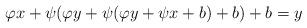
LaTeX: \begin{align*} \varphi x + \psi (\varphi y + \psi (\varphi y + \psi x + b)+ b) + b = y\\\end{align*}